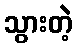
သွားတဲ့